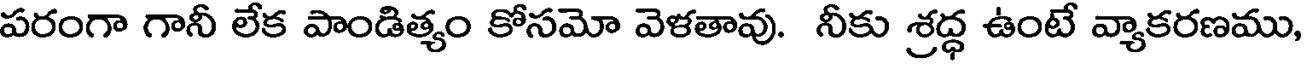
పరంగా గానీ లేక పాండిత్యం కోసమో వెళతావు. నీకు శ్రద్ధ ఉంటే వ్యాకరణము,